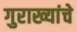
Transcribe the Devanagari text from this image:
गुराख्यांचे